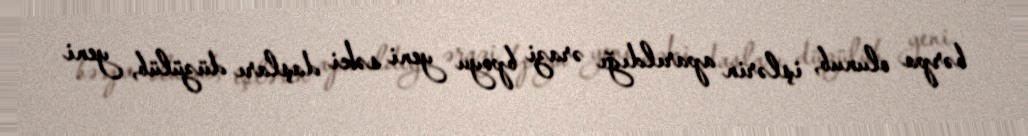
bərpa olunub, işlərin aparıldığı ərazi bpoyu yeni səki daşları düzülüb, yeni